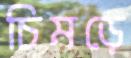
চিমড়ে